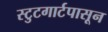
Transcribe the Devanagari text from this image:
स्टुटगार्टपासून